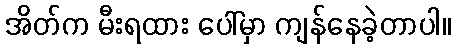
အိတ်က မီးရထား ပေါ်မှာ ကျန်နေခဲ့တာပါ။